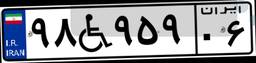
۹۸W۹۵۹۰۶